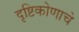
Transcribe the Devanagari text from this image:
दृष्टिकोणाचे